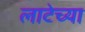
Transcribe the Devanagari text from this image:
लाटेच्या